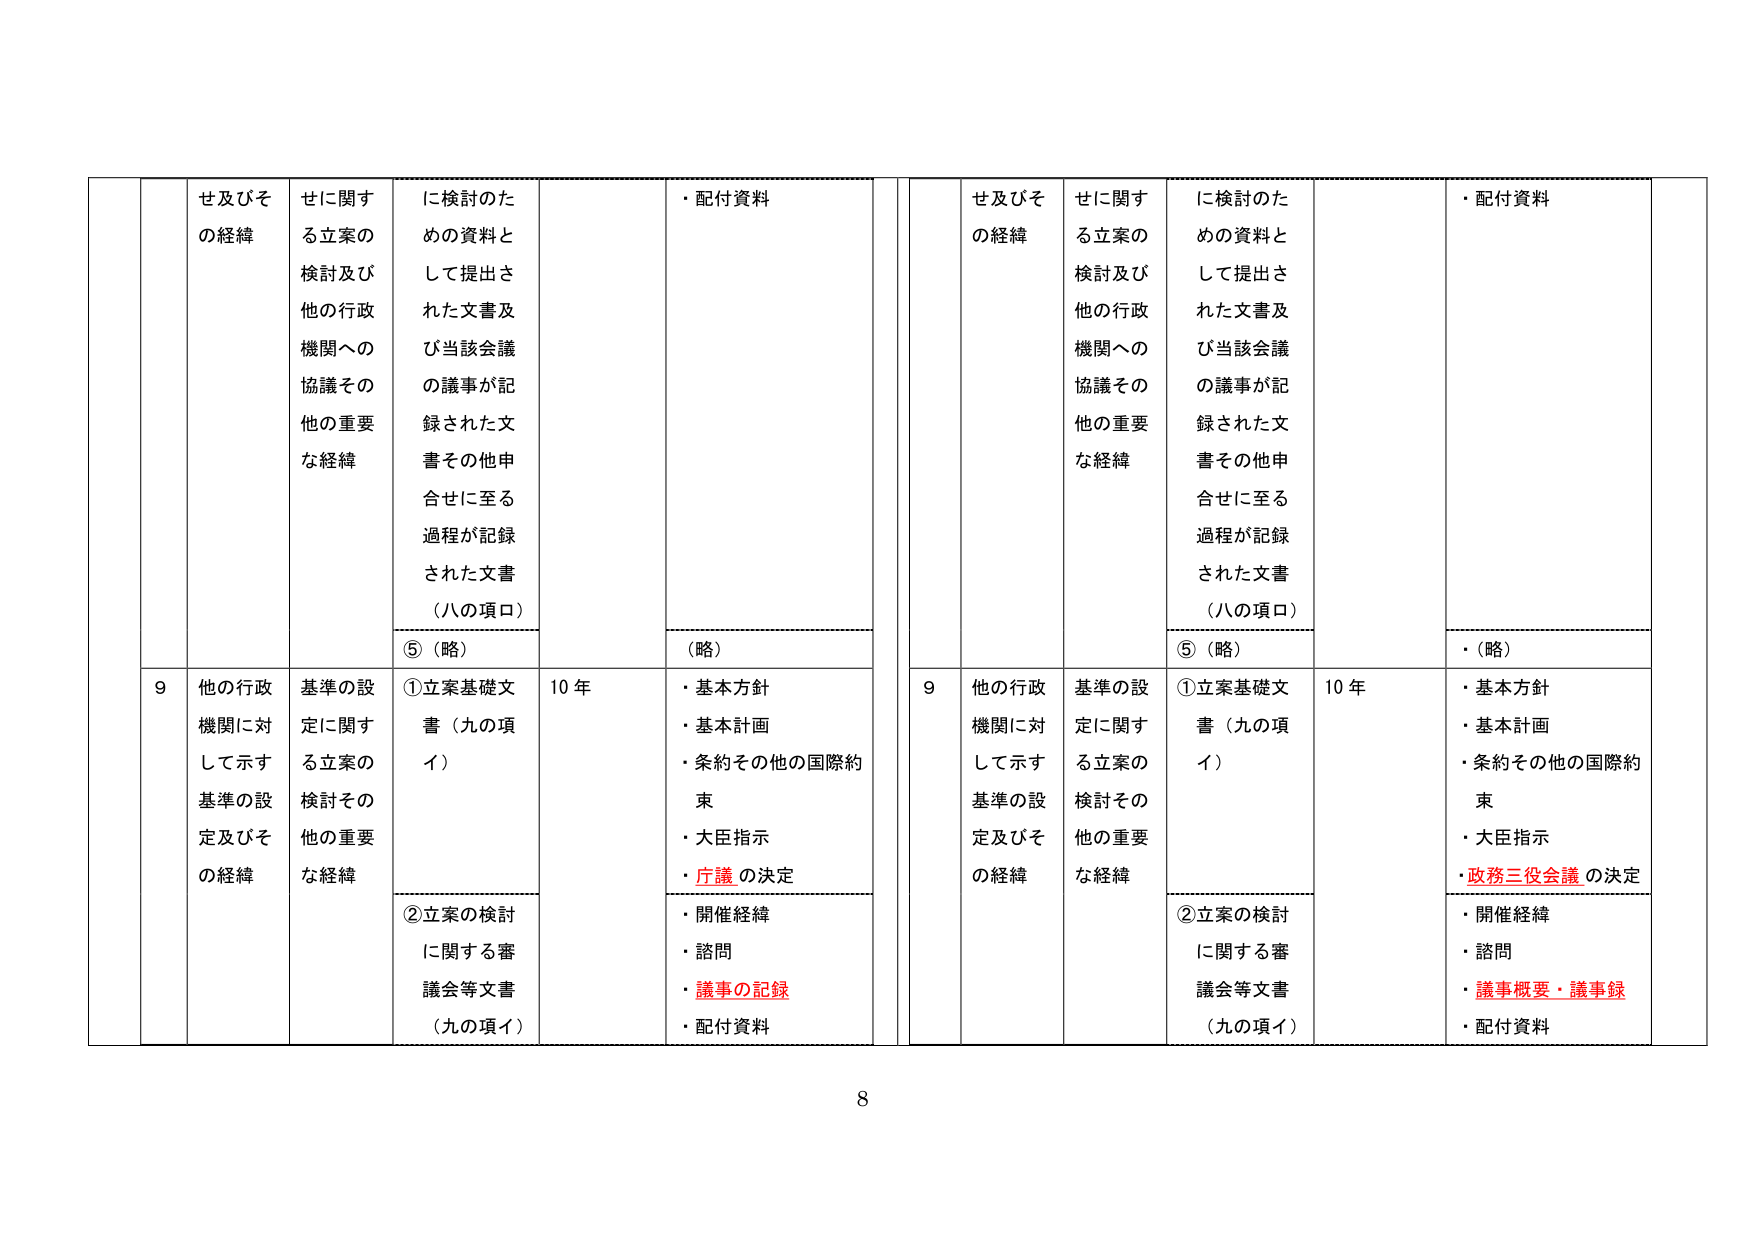
せ及びその経緯
せに関する立案の検討及び他の行政機関への協議その他の重要な経緯
に検討のための資料として提出された文書及び当該会議の議事が記録された文書その他申合せに至る過程が記録された文書（八の項ロ）
・配付資料
（略）
⑤（略）
9 他の行政機関に対して示す基準の設定及びその経緯
基準の設定に関する立案の検討その他の重要な経緯
①立案基礎文書（九の項イ）
②立案の検討に関する審議会等文書（九の項イ）
10 年
・基本方針
・基本計画
・条約その他の国際約束
・大臣指示
・庁議の決定
・開催経緯
・諮問
・議事の記録
・配付資料
せ及びその経緯
せに関する立案の検討及び他の行政機関への協議その他の重要な経緯
に検討のための資料として提出された文書及び当該会議の議事が記録された文書その他申合せに至る過程が記録された文書（八の項ロ）
・配付資料
（略）
⑤（略）
9 他の行政機関に対して示す基準の設定及びその経緯
基準の設定に関する立案の検討その他の重要な経緯
①立案基礎文書（九の項イ）
②立案の検討に関する審議会等文書（九の項イ）
10 年
・基本方針
・基本計画
・条約その他の国際約束
・大臣指示
・政務三役会議の決定
・開催経緯
・諮問
・議事概要・議事録
・配付資料
8